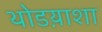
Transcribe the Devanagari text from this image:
थोडय़ाशा